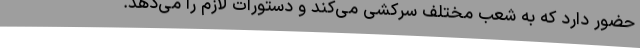
حضور دارد که به شعب مختلف سرکشی می‌کند و دستورات لازم را می‌دهد.